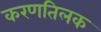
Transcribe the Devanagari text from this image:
करणतिलक